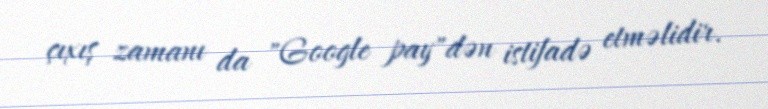
çıxış zamanı da "Google pay"dən istifadə etməlidir.